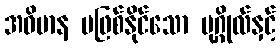
အဓိမာန မဖြစ်နိုင်သော ပုဂ္ဂိုလ်နှင့်